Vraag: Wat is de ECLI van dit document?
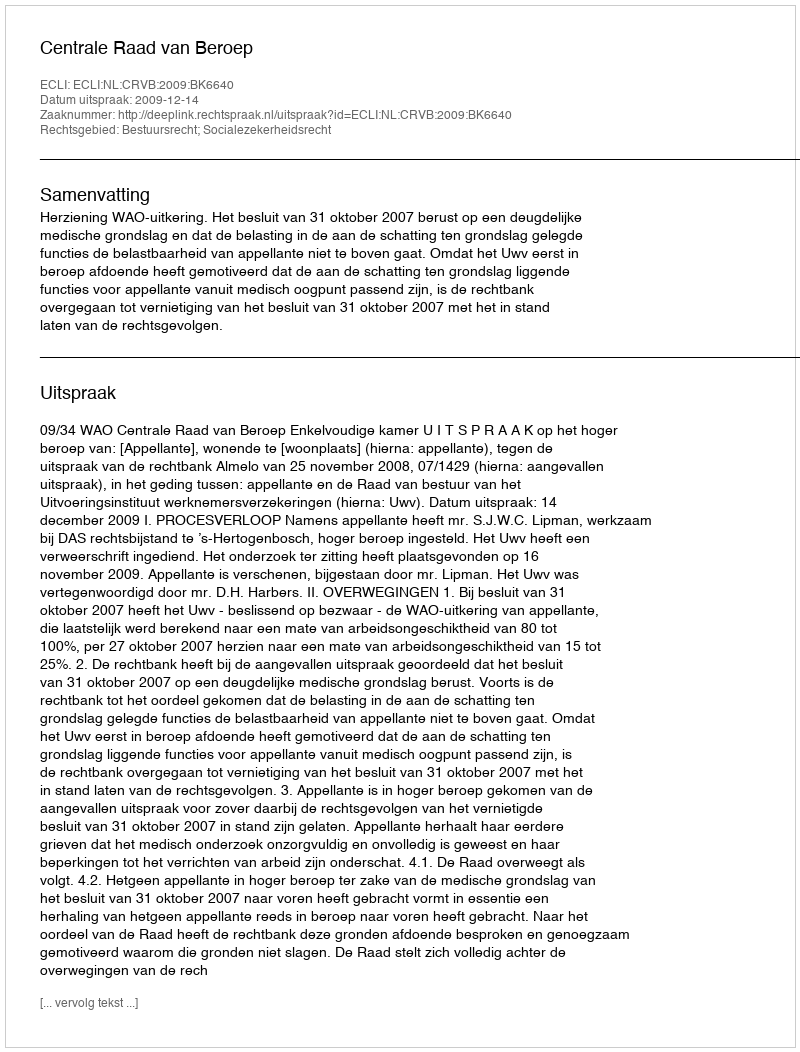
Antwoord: ECLI:NL:CRVB:2009:BK6640